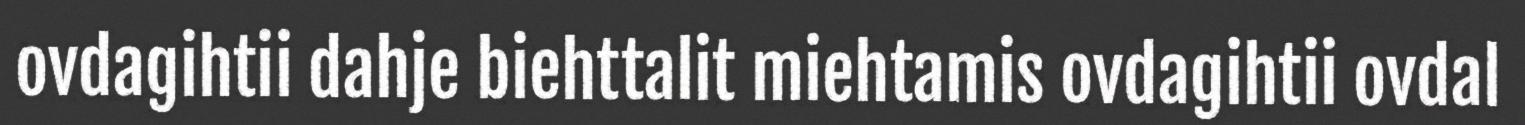
ovdagihtii dahje biehttalit miehtamis ovdagihtii ovdal